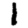
Digit: 1